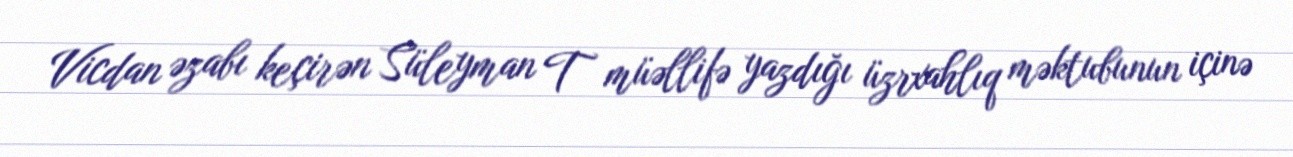
Vicdan əzabı keçirən Süleyman T müəllifə yazdığı üzrxahlıq məktubunun içinə